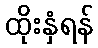
ထိုးနှံရန်